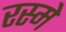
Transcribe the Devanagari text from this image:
रस्मे